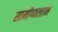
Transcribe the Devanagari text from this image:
सामीप्यलाभ